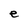
Character: e